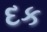
દક